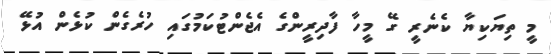
މީ ތިޔަކިޔާ ކެނެރީ ގޭ މީހާ ފާދިރީންގެ އެޖެންޓުކަމުގައި ހުރެގެން ކުޅެން އުޅޭ